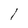
Character: l